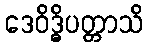
ဒေဝိဒ္ဓိပတ္တာသိ